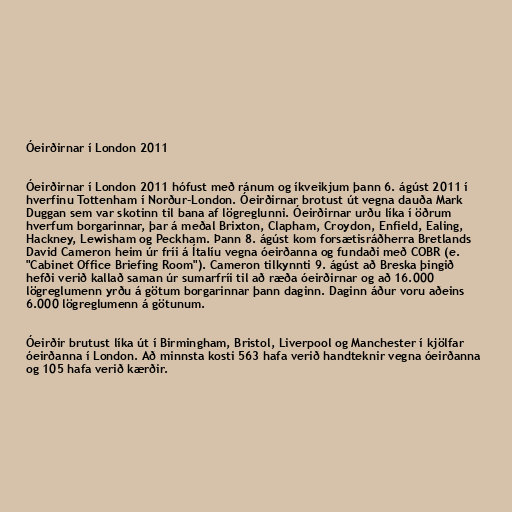
Óeirðirnar í London 2011

Óeirðirnar í London 2011 hófust með ránum og íkveikjum þann 6. ágúst 2011 í
hverfinu Tottenham í Norður-London. Óeirðirnar brotust út vegna dauða Mark
Duggan sem var skotinn til bana af lögreglunni. Óeirðirnar urðu líka í öðrum
hverfum borgarinnar, þar á meðal Brixton, Clapham, Croydon, Enfield, Ealing,
Hackney, Lewisham og Peckham. Þann 8. ágúst kom forsætisráðherra Bretlands
David Cameron heim úr fríi á Ítalíu vegna óeirðanna og fundaði með COBR (e.
"Cabinet Office Briefing Room"). Cameron tilkynnti 9. ágúst að Breska þingið
hefði verið kallað saman úr sumarfríi til að ræða óeirðirnar og að 16.000
lögreglumenn yrðu á götum borgarinnar þann daginn. Daginn áður voru aðeins
6.000 lögreglumenn á götunum.

Óeirðir brutust líka út í Birmingham, Bristol, Liverpool og Manchester í kjölfar
óeirðanna í London. Að minnsta kosti 563 hafa verið handteknir vegna óeirðanna
og 105 hafa verið kærðir.